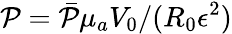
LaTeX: \mathcal{P}=\bar{{\mathcal{P}}}{\mu}_{a}V_{0}/(R_{0}{\epsilon}^{2})